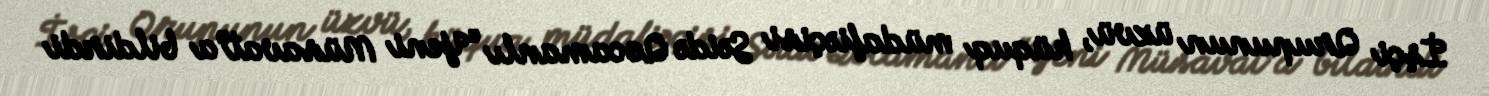
İşçi Qrupunun üzvü, hüquq müdafiəçisi Səidə Qocamanlı “Yeni Müsavat”a bildirdi